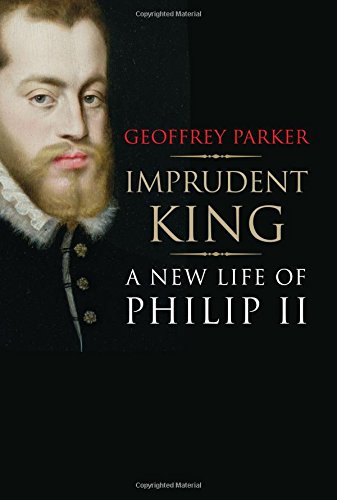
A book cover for Imprudent King: A New Life of Philip II; Geoffrey Parker; Biographies & Memoirs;